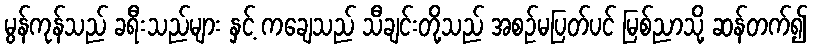
မွန်ကုန်သည် ခရီးသည်များ နှင့် ကချေသည် သီချင်းတို့သည် အစဉ်မပြတ်ပင် မြစ်ညာသို့ ဆန်တက်၍